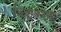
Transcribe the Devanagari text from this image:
चित्रांकरता